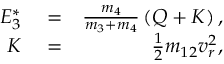
\begin{array} { r l r } { E _ { 3 } ^ { * } } & { { } = } & { \frac { m _ { 4 } } { m _ { 3 } + m _ { 4 } } \left( Q + K \right) , } \\ { K } & { { } = } & { \frac { 1 } { 2 } m _ { 1 2 } v _ { r } ^ { 2 } , } \end{array}